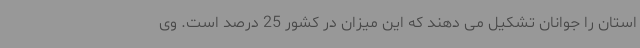
استان را جوانان تشکیل می دهند که این میزان در کشور 25 درصد است. وی